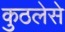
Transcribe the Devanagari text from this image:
कुठलेसे